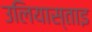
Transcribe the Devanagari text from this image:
उलियास्ताइ